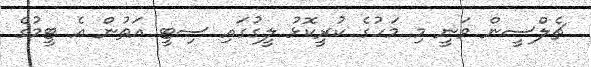
ޗެލްސީން ވަނީ މި މަހުގެ ކުރީކޮޅު ލީގުގައި ސިޓީ އަތުން އެ ޓީމުގެ